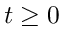
t \ge 0